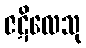
ဇဋိလေသု